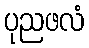
ပုညဖလံ